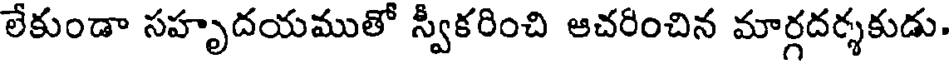
లేకుండా సహృదయముతో స్వీకరించి ఆచరించిన మార్గదర్శకుడు.